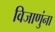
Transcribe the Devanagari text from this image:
विजाणुंना